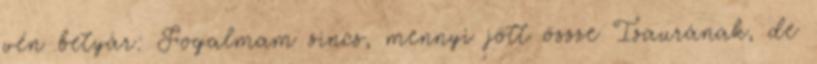
vén betyár: Fogalmam sincs, mennyi jött össze Isaurának, de